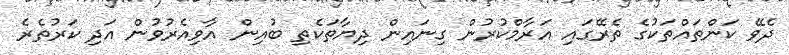
ދެވޭ ކަންތައްތަކުގެ ތެރޭގައި އަރާމްކުރުން ގިނައިން ދިޔާތަކެތި ބުއިން އާވިއެރުވުން އަދި ކަރުތެރެ